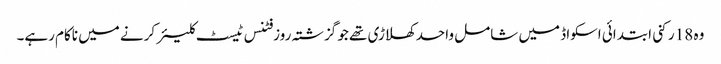
وہ 18 رکنی ابتدائی اسکواڈ میں شامل واحد کھلاڑی تھے جو گزشتہ روز فٹنس ٹیسٹ کلیئر کرنے میں ناکام رہے۔